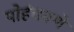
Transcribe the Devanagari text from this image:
पोहंचवणे